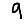
Digit: 9